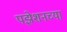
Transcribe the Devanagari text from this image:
पझेशनच्या